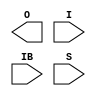
///////////////////////////////////////////////////////////////////////////////
// Copyright (c) 1995/2004 Xilinx, Inc.
// All Right Reserved.
///////////////////////////////////////////////////////////////////////////////
//   ____  ____
//  /   /\/   /
// /___/  \  /    Vendor : Xilinx
// \   \   \/     Version : 10.1
//  \   \         Description : Xilinx Formal Library Component
//  /   /                  Dynamically Adjustable Differential Input Delay Buffer
// /___/   /\     Filename : IBUFDS_DLY_ADJ.v
// \   \  /  \    Timestamp : Mon Nov 12 16:44:07 PST 2007
//  \___\/\___\
//
// Revision:
//    11/12/07 - Initial version.
// End Revision

`timescale  1 ps / 1 ps

module IBUFDS_DLY_ADJ (O, I, IB, S);

    output O;

    input I, IB;
    input [2:0] S;

    parameter DELAY_OFFSET = "OFF";
    parameter DIFF_TERM    = "FALSE";
    parameter IOSTANDARD   = "DEFAULT";    

endmodule // IBUFDS_DLY_ADJ